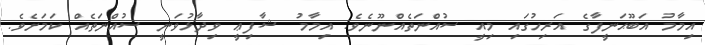
އިމާމު އަބޫޙަނީފާގެ އަރިހުގައި މިއީ ސުއްނަތެއްނޫނެވެ. އިމާމު ޝާފިޢީ ވިދާޅުވަނީ ސުއްނަތެއް ކަމަށެވެ.